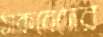
ঠাকরেদের